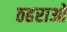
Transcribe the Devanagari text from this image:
ठहराओ